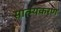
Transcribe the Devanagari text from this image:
सात्म्यकरण